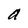
Character: a